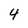
Character: 4